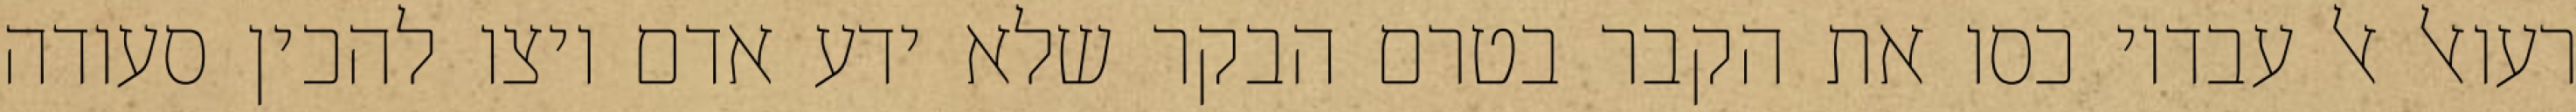
רעואל אל עבדיו כסו את הקבר בטרם הבקר שלא ידע אדם ויצו להכין סעודה